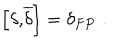
LaTeX: \left[ \delta \mathrm { { , } \overline { { { \ d e l t a } } } } \right] = \delta _ { F P } \; .